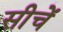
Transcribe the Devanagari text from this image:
सीचें